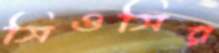
সিওসির